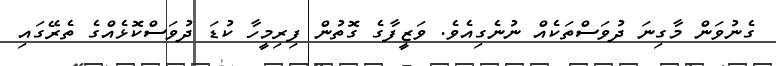
ގެނުވަން މާގިނަ ދުވަސްތަކެއް ނުނެގިއެވެ. ވަޒީފާގެ ގޮތުން ފިރިމީހާ ކުޑަ ދުވަސްކޮޅެއްގެ ތެރޭގައި